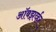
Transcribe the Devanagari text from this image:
ऑबझर्व्हर